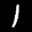
Label: 1